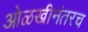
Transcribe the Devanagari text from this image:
ओळखीनंतरच